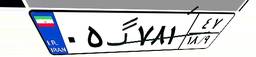
۰۵گ۷۸۱۴۷